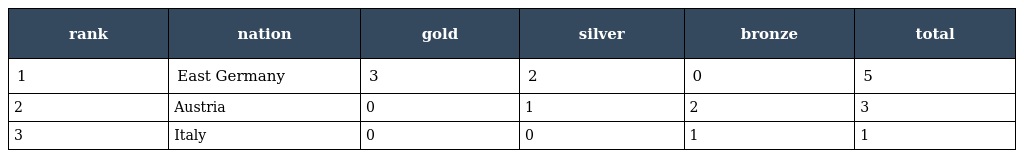
| rank | nation | gold | silver | bronze | total |
 | --- | --- | --- | --- | --- | --- |
 | 1 | East Germany | 3 | 2 | 0 | 5 |
 | 2 | Austria | 0 | 1 | 2 | 3 |
 | 3 | Italy | 0 | 0 | 1 | 1 |